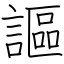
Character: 謳